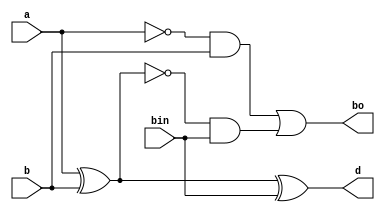
module full_sub_bhl(input a,b,bin, output reg  d,bo);

always @(*)
begin
d = a^b^bin;
bo = ( ((~a)&b) | ~(a^b)&bin);
end
endmodule